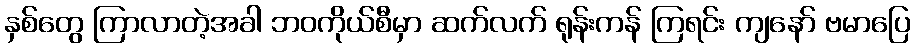
နှစ်တွေ ကြာလာတဲ့အခါ ဘဝကိုယ်စီမှာ ဆက်လက် ရုန်းကန် ကြရင်း ကျနော် ဗမာပြေ